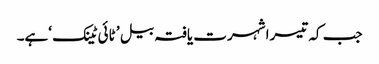
​جب کہ تیسرا شہرت یافتہ بیل ’ ٹائی ٹینک ‘ہے۔